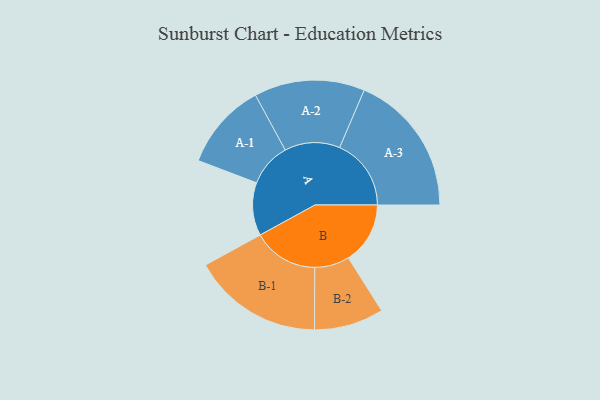
{"axis": {"x": "Segment", "y": "Value"}, "legend": ["", "A", "B"], "data": [{"x": "A", "y": 163, "type": ""}, {"x": "B", "y": 190, "type": ""}, {"x": "A-1", "y": 134, "type": "A"}, {"x": "A-2", "y": 170, "type": "A"}, {"x": "A-3", "y": 220, "type": "A"}, {"x": "B-1", "y": 201, "type": "B"}, {"x": "B-2", "y": 107, "type": "B"}]}